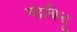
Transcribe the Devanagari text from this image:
चंद्रबिन्दु